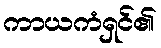
ကာယကံရှင်၏